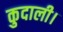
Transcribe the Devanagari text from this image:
कुदाली।